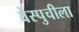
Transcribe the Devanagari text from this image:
वेस्पुचीला